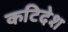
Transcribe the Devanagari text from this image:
कटिदेश